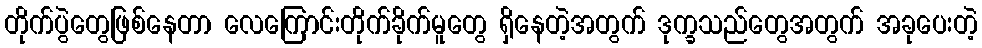
တိုက်ပွဲတွေဖြစ်နေတာ လေကြောင်းတိုက်ခိုက်မူတွေ ရှိနေတဲ့အတွက် ဒုက္ခသည်တွေအတွက် အခုပေးတဲ့